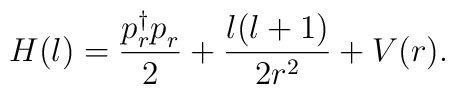
H(l) = {p_r^\dagger p_r^{} \over 2} + { l(l+1) \over 2r^2 } + V(r).